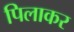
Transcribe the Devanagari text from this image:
पिलाकर